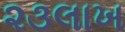
૨૩લાખ